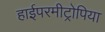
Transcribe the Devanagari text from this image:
हाईपरमीट्रोपिया